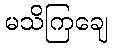
မသိကြချေ